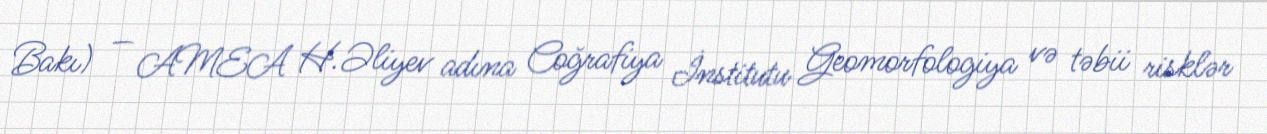
Bakı) — AMEA H.Əliyev adına Coğrafiya İnstitutu Geomorfologiya və təbii risklər